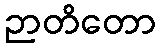
ဉာတိတော